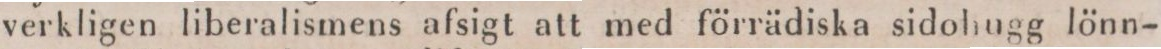
verkligen liberalismens afsigt att med förrädiska sidohugg lönn-